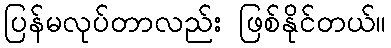
ပြန်မလုပ်တာလည်း ဖြစ်နိုင်တယ်။